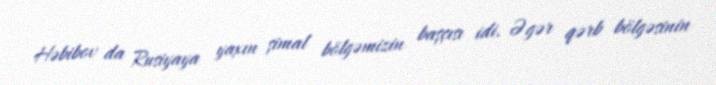
Həbibov da Rusiyaya yaxın şimal bölgəmizin başçısı idi. Əgər qərb bölgəsinin